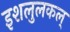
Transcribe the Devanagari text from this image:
इशलुलकल्